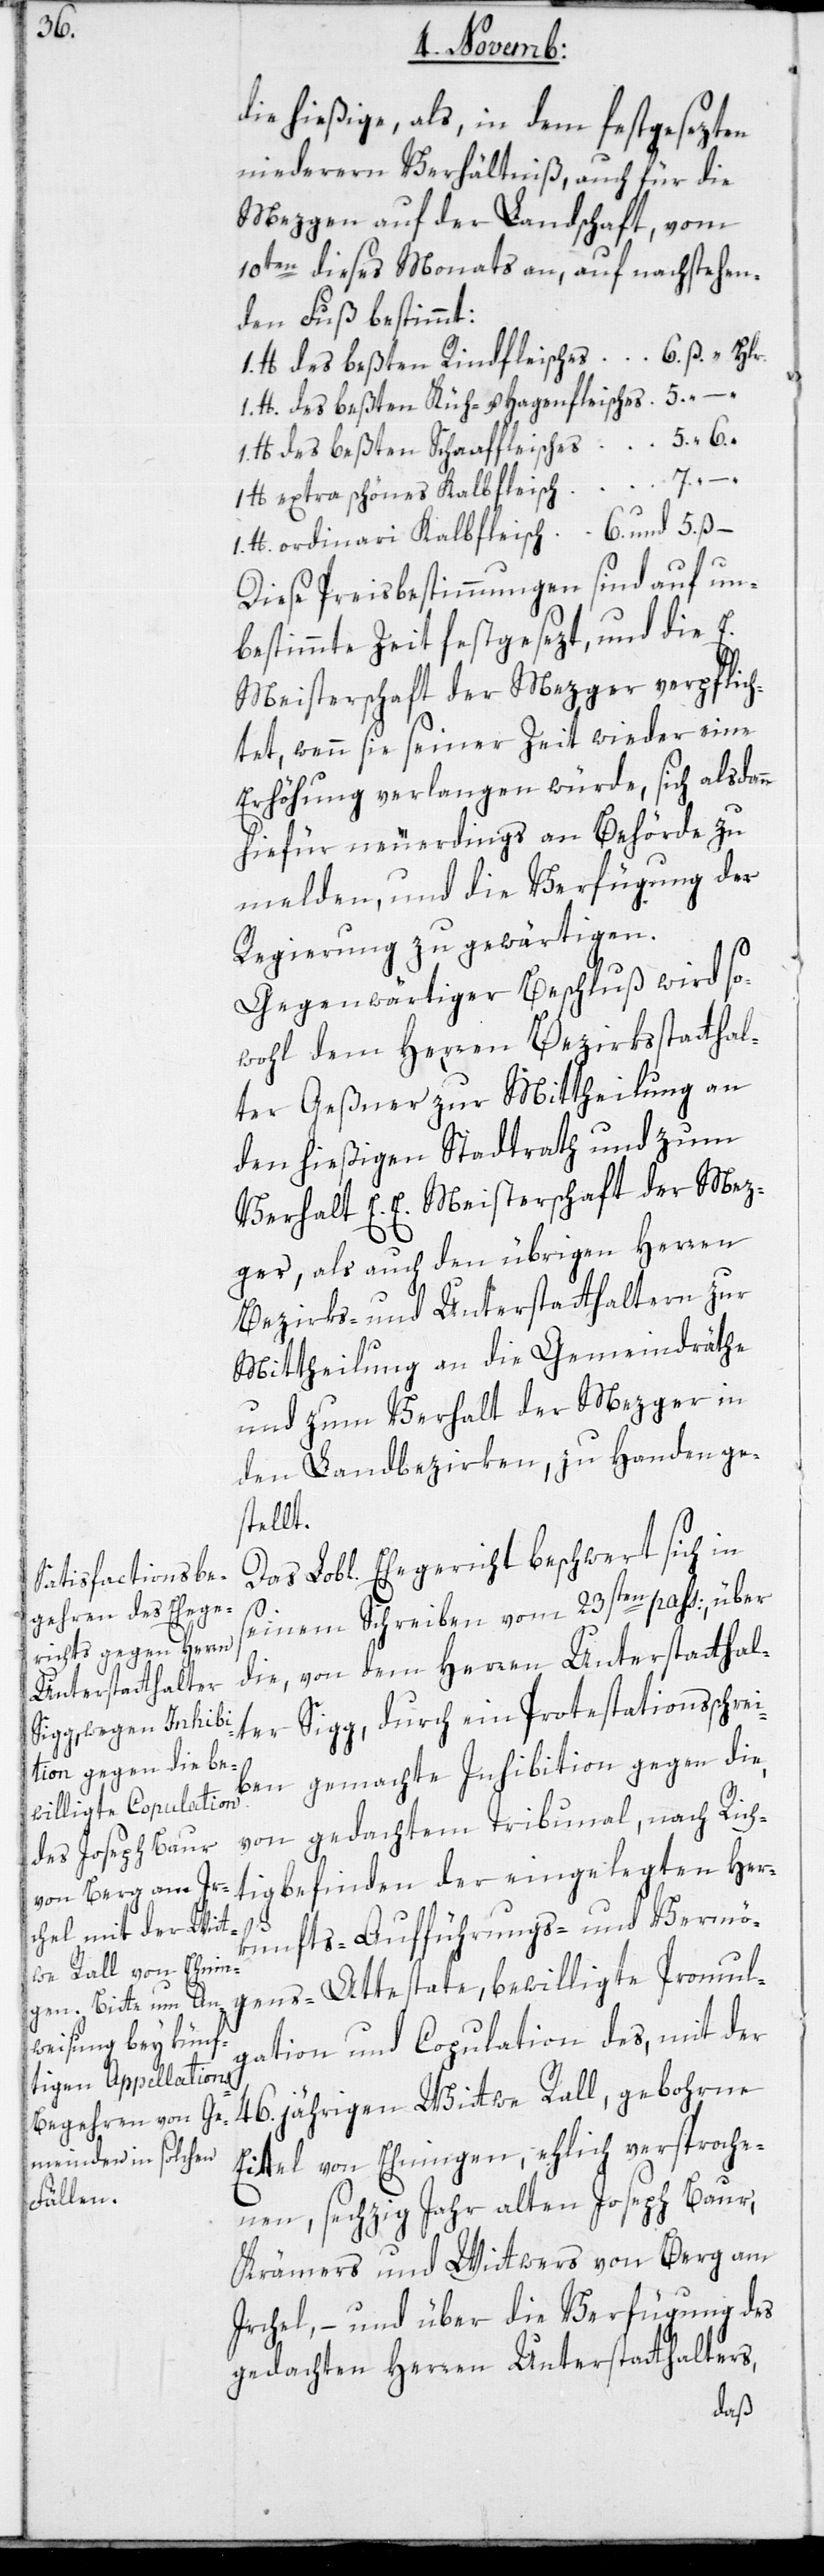
die hießige, als in dem festgesezten
niederern Verhältniß, auch für die
Mezgen auf der Landschaft vom
10ten dieses Monats an, auf nachstehen¬
den Fuß bestimmt:
1. lb des beßten Küh- und Hagenfleisches
lb. des beßten Schaaffleisches
1. lb extra schönes Kalbfleisch
Diese Preisbestimmungen sind auf un¬
bestimmte Zeit festgesezt, und die E.
Meisterschaft der Mezger verpflich¬
tet, wenn sie seiner Zeit wieder eine
Erhöhung verlangen würde, sich alsdann
hiefür neuerdings an Behörde zu
melden, und die Verfügung der
Regierung zu gewärtigen.
Gegenwärtiger Beschluß wird so¬
wohl dem Herren Bezirksstatthal¬
ter Geßner zur Mittheilung an
den hießigen Stadtrath und zum
Verhalt E. E. Meisterschaft der Mez¬
ger als auch den übrigen Herren
Bezirks- und Unterstatthaltern zur
Mittheilung an die Gemeindräthe
und zum Verhalt der Mezger in
den Landbezirken, zu Handen ge¬
stellt.
5.
seinem Schreiben vom 23sten pass:, über
die von dem Herren Unterstatthal¬
ter Sigg, durch ein Protestationsschrei¬
ben gemachte Inhibition gegen die,
von gedachtem Tribunal nach Rich¬
tigbefinden der eingelegten Her¬
lb
kunfts-[,] Aufführungs-[,] und Vermö¬
gens-Attestate bewilligte Promul¬
gation und Copulation des, mit der
46.jährigen Wittwe Rall, gebohrne
Eitel von Ehningen, ehlich versproche¬
nen, sechzig Jahr alten Joseph Baur,
Krämers und Wittwers von Berg am
Irchel, – und über die Verfügung des
gedachten Herren Unterstatthalters,